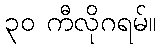
၃၀ ကီလိုဂရမ်။